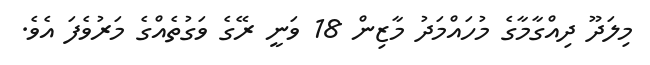
މިލަދޫ ދިއްގާމާގެ މުހައްމަދު މާޒިން 18 ވަނީ ރޭގެ ވަގުތެއްގެ މަރުވެފަ އެވެ.